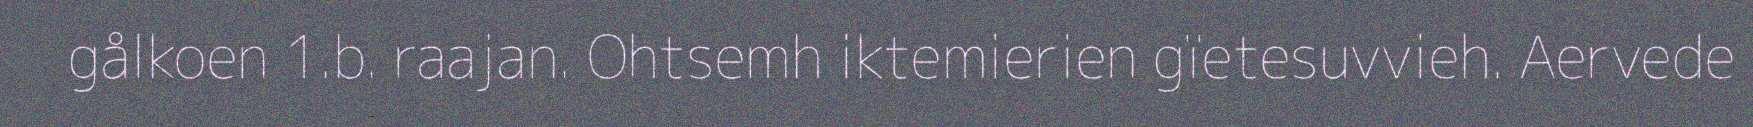
gålkoen 1.b. raajan. Ohtsemh iktemierien gïetesuvvieh. Aervede